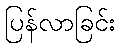
ပြန်လာခြင်း